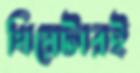
থিয়েটারই